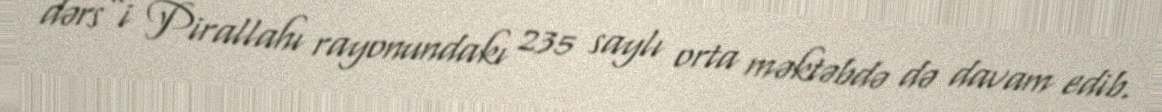
dərs”i Pirallahı rayonundakı 235 saylı orta məktəbdə də davam edib.